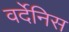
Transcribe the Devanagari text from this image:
वर्देनिस